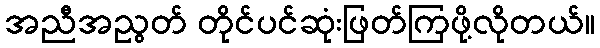
အညီအညွတ် တိုင်ပင်ဆုံးဖြတ်ကြဖို့လိုတယ်။